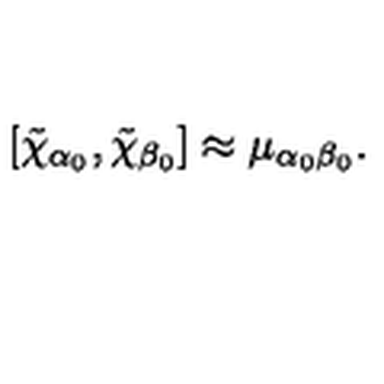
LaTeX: \left[ \tilde { \chi } _ { \alpha _ { 0 } } , \tilde { \chi } _ { \beta _ { 0 } } \right] \approx \mu _ { \alpha _ { 0 } \beta _ { 0 } } .